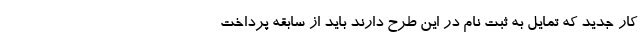
کار جدید که تمایل به ثبت نام در این طرح دارند باید از سابقه پرداخت